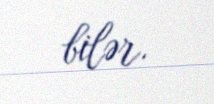
bilər.